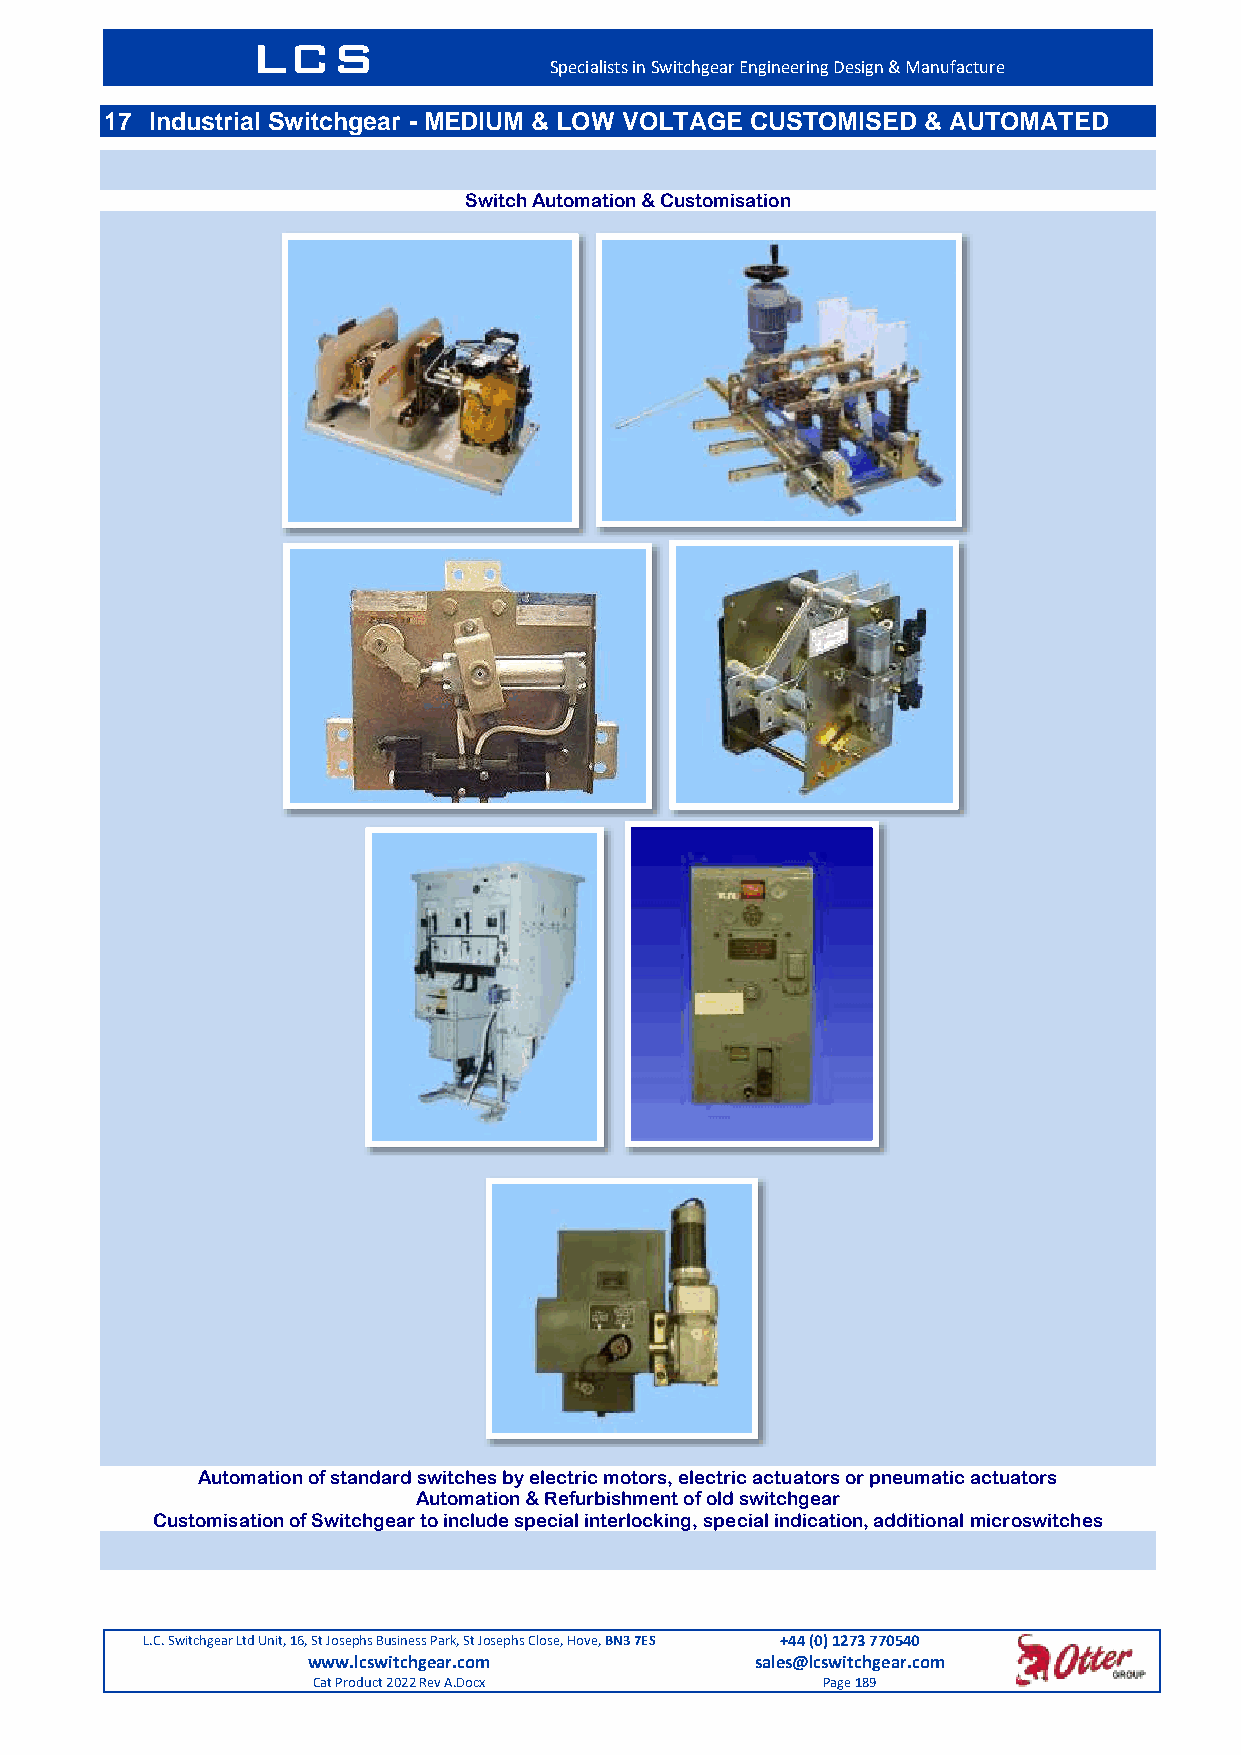
LCS
 Specialists in Switchgear Engineering Design & Manufacture
 17 Industrial Switchgear - MEDIUM & LOW VOLTAGE CUSTOMISED & AUTOMATED
 Switch Automation & Customisation
 Automation of standard switches by electric motors, electric actuators or pneumatic actuators
 Automation & Refurbishment of old switchgear
 Customisation of Switchgear to include special interlocking, special indication, additional microswitches
 L.C. Switchgear Ltd Unit, 16, St Josephs Business Park, St Josephs Close, Hove, BN3 7ES +44 (0) 1273 770540
 www.lcswitchgear.com          sales@lcswitchgear.com
 Cat Product 2022 Rev A.Docx      Page 189